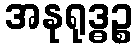
အနုရုဒ္ဓဉ္စ